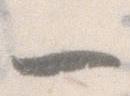
一